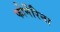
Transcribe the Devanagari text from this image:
फोर्नेरिना